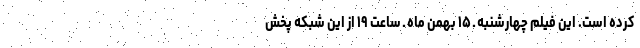
کرده است. این فیلم چهارشنبه ـ ۱۵ بهمن ماه ـ ساعت ۱۹ از این شبکه پخش